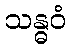
သန္ဓဝံ